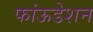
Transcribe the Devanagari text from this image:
फांऊडेशन